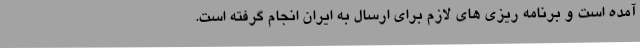
آمده است و برنامه ریزی های لازم برای ارسال به ایران انجام گرفته است.